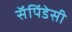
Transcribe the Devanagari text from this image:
सॅपिंडेसी